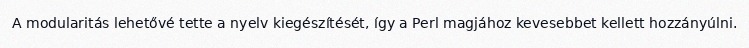
A modularitás lehetővé tette a nyelv kiegészítését, így a Perl magjához kevesebbet kellett hozzányúlni.